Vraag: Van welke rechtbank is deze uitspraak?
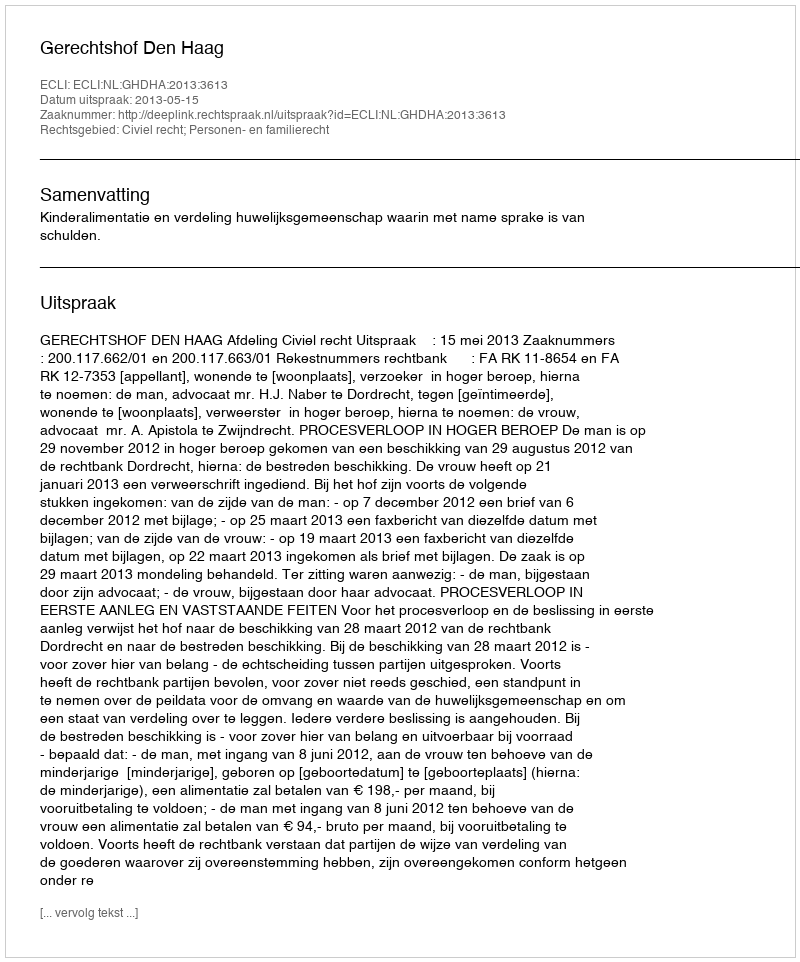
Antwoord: Gerechtshof Den Haag